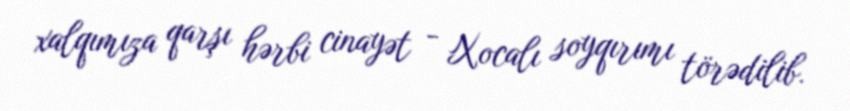
xalqımıza qarşı hərbi cinayət - Xocalı soyqırımı törədilib.